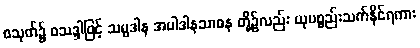
စသုတ်၌ စသဒ္ဒါဖြင့် သမ္ပဒါန အပါဒါနသာဓန တို့၌လည်း ယုပစ္စည်းသက်နိုင်ရကား